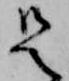
是